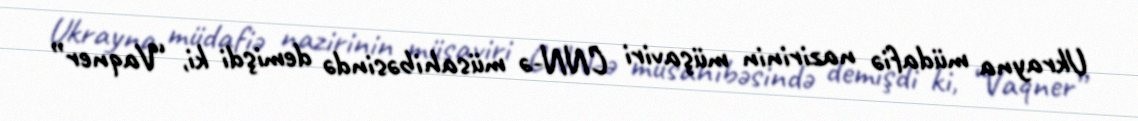
Ukrayna müdafiə nazirinin müşaviri CNN-ə müsahibəsində demişdi ki, “Vaqner”